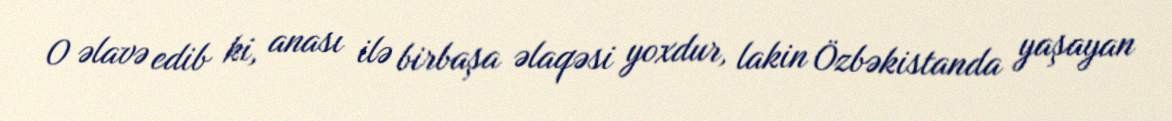
O əlavə edib ki, anası ilə birbaşa əlaqəsi yoxdur, lakin Özbəkistanda yaşayan